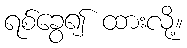
ရစ်ခွေ၍ ထားလို့။